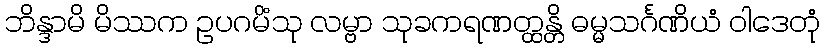
ဘိန္ဒာမိ မိဿက ဥပဂမိံသု လမ္ဗာ သုခကရဏတ္ထန္တိ ဓမ္မသင်္ဂဏိယံ ဝါဒေတုံ